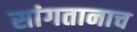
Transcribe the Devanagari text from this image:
सांगतानाच